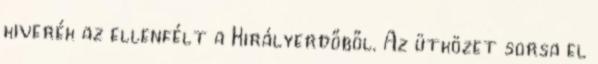
kiverék az ellenfélt a Királyerdőből. Az ütközet sorsa el